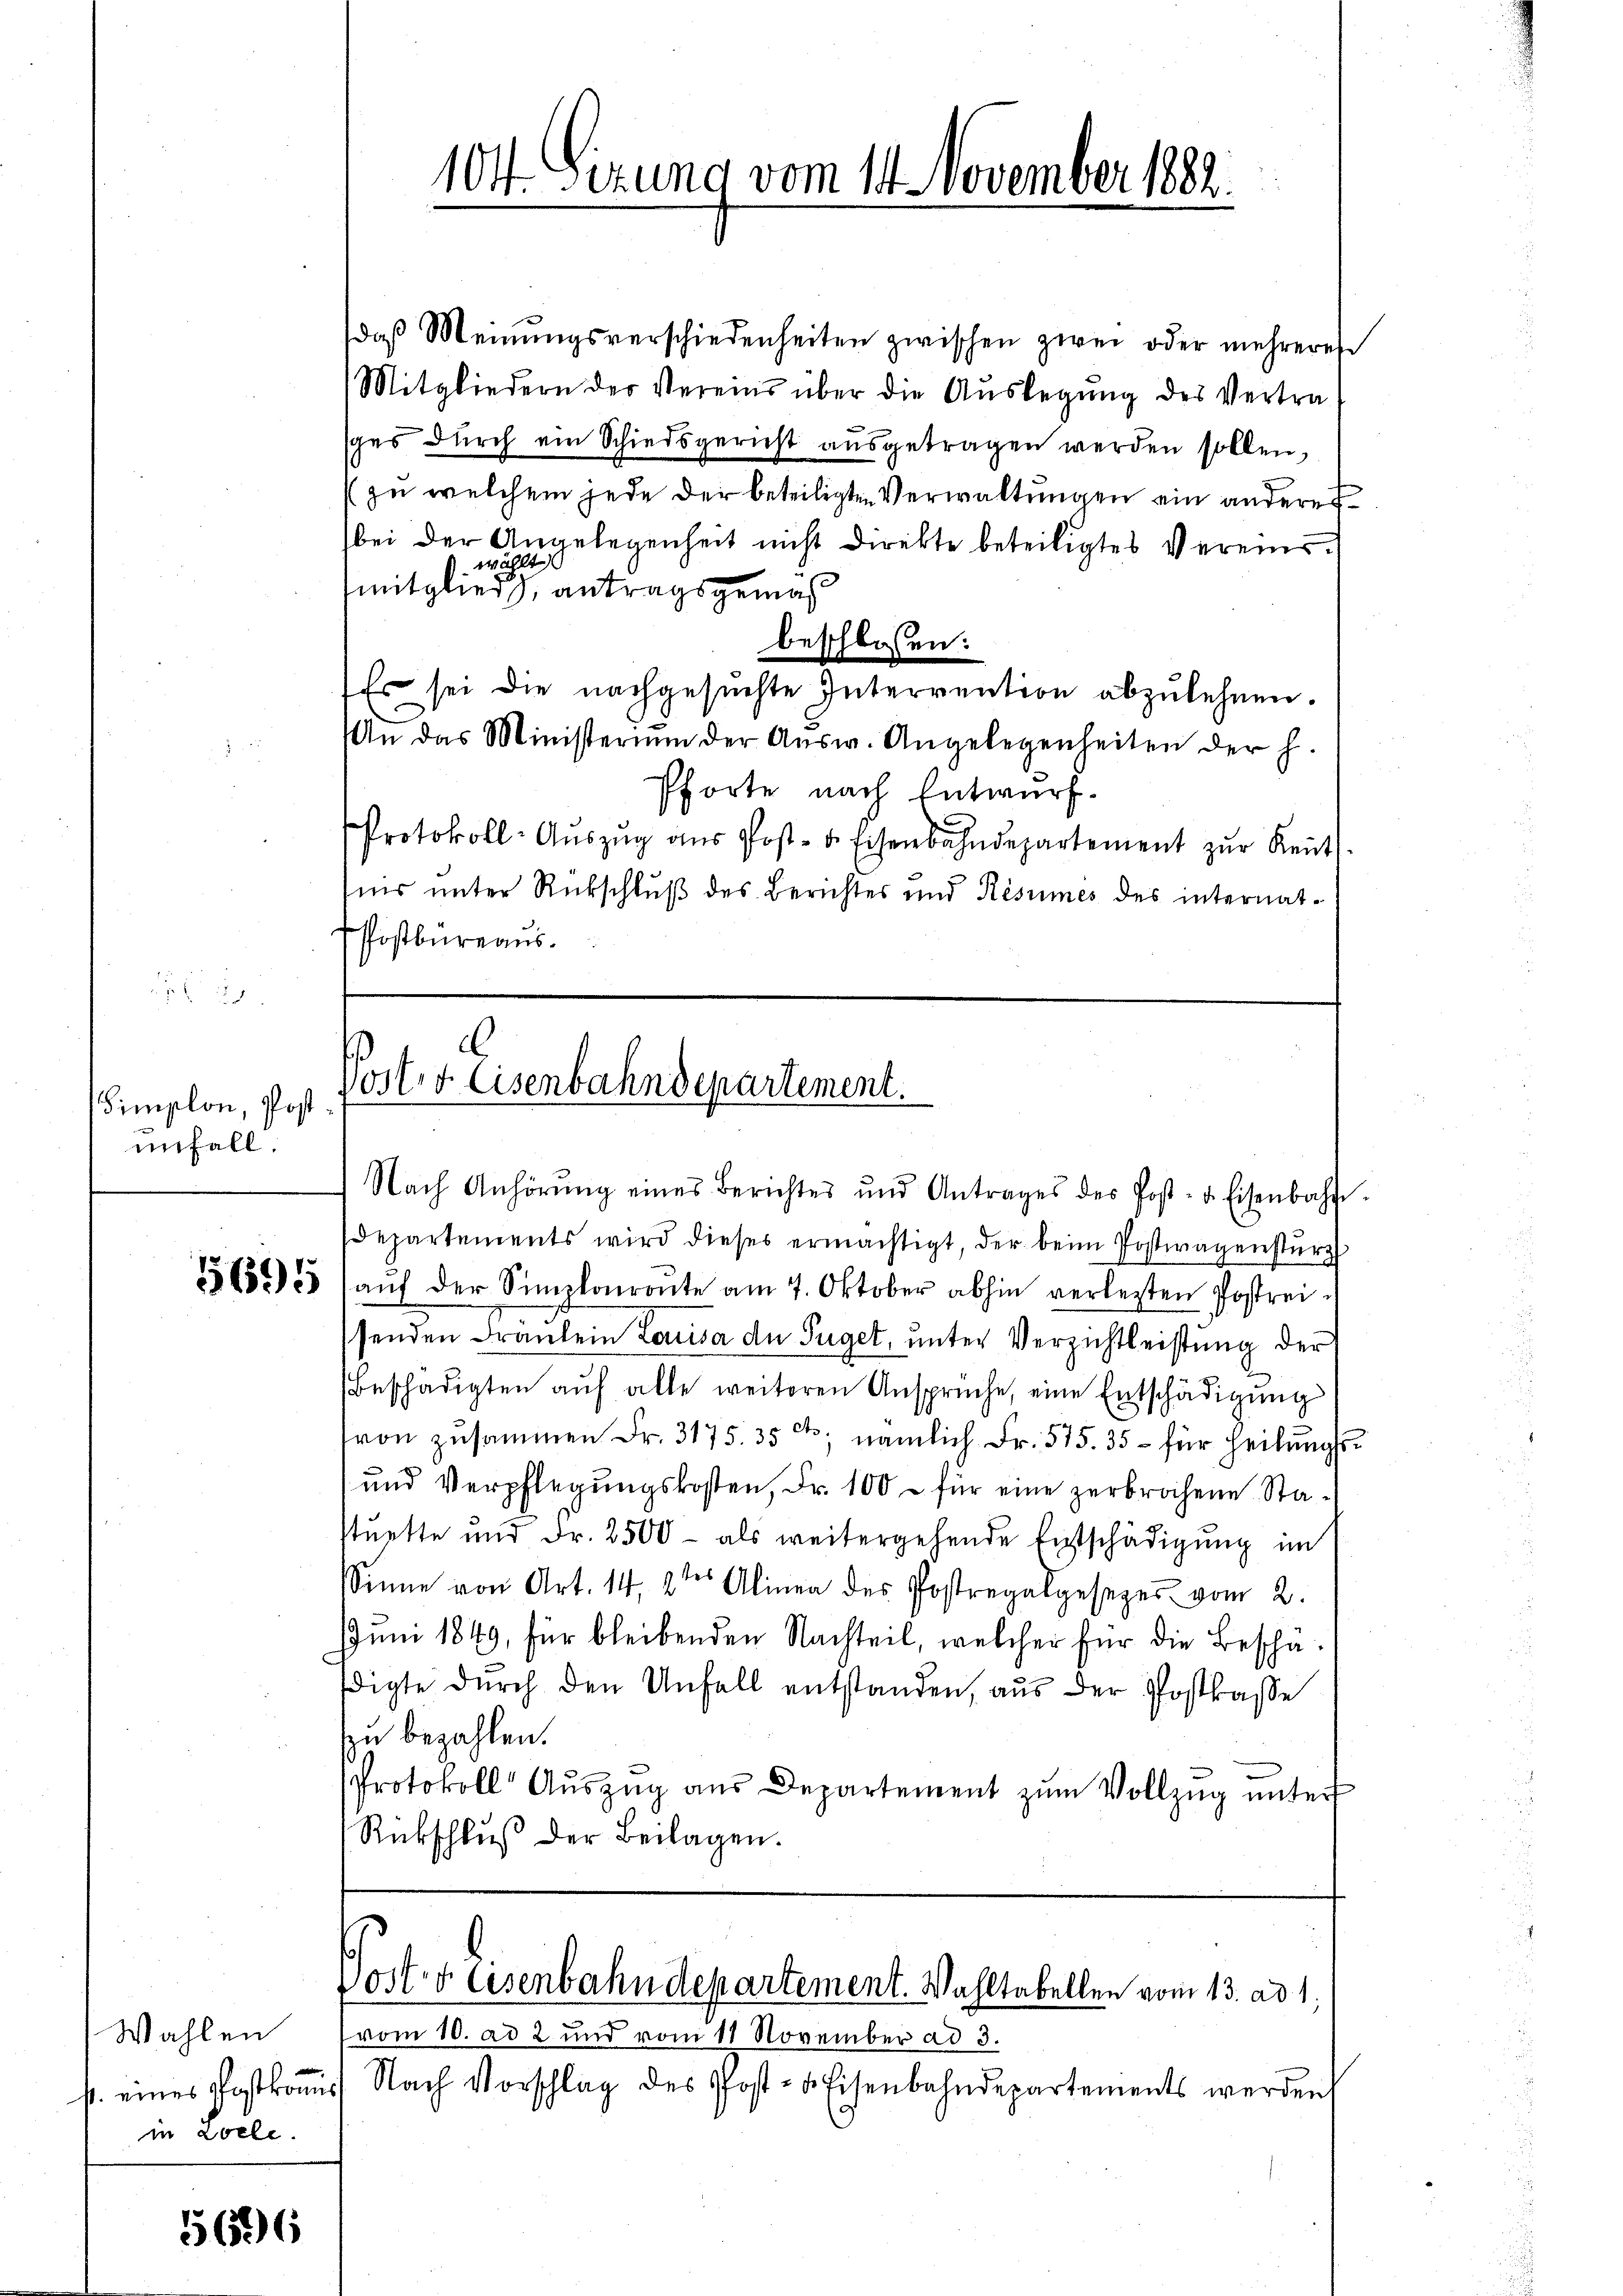
Simplon, Post
unfall.

5695

Wahlen
f. eines Postkomm
in Zolle.

5656

c
Vorter Eisenbahndepartement.

104. Sizung vom 14. November 1882.

daβ Meinŭngsverschiedenheiten zwischen zwei oder mehreres
Mitgliedern der Vereins über die Aŭslegŭng des Vertra-
ges durch ein Schiedsgericht ausgetragen werden sollen,
zu welchem jede der beteiligten Verwaltungen ein anderer
bei der Angelegenheit nicht direkte beteiligtes Vereins
wählt
mitglied, antragsgemäß
beschlossen:
Es sei die nachgesuchte Intervention abzulehnen.
n das Ministerium der Aŭsw. Angelegenheiten der h.
Pforte nach Entwurf.
Protokoll-Auszug aus Post- u. Eisenbahndepartement zur Kent
sins unter Rückschluß des Berichtes und Resumes des internat¬
Postbureaus.
Nach Anhörŭng eines Berichtes und Antrages des Post- u. Eisenbahn-
departements wird dieses ermächtigt, der beim Postwagenstürz
aŭf der Simplouronte am 7. Oktober abhin verlegten Postreissenden Frankein Lausa de Füget, unter Verzichtleistung der
Beschädigten aŭf alle weiteren Ansprüche, eine Entschädigŭng
von zusammen Fr. 3175. 35 dto. nämlich Fr. 575. 35 - für heilungs¬
und Verpflegŭngskosten, Fr. 100 - für eine zerbrochene Stastuette und Fr. 2500 - als weitergehende Entschädigung im
Sinne von Art. 14, 2ter Alinea des Postregalgesezes vom 2.
JJuni 1849, für bleibenden Nachteil, welcher für die Beschädigte durch den Unfall entstanden, aus der Postkasse
zu bezahlen.
Protokoll Auszug aus Departement zum Vollzug unter
Rückschluß der Beilagen.
Posts Eisenbahndepartement. Wahltabellen vom 13. ad 1.
vom 10. ad 2 und vom 11 November ad 3.
1 Nach Vorschlag des Post- u. Eisenbahndepartements werden